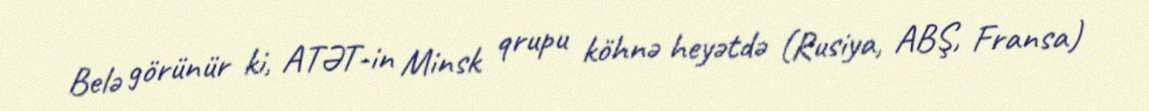
Belə görünür ki, ATƏT-in Minsk qrupu köhnə heyətdə (Rusiya, ABŞ, Fransa)